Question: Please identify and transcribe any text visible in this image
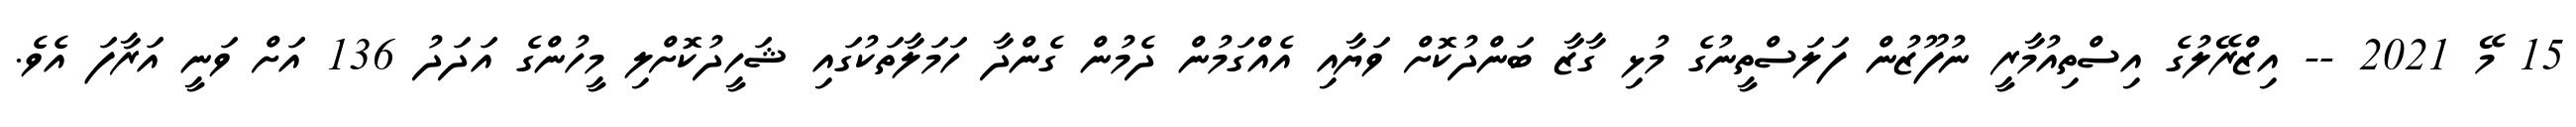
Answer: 15 މޭ 2021 -- އިޒްރޭލުގެ އިސްތިއުމާރީ ނުފޫޒުން ފަލަސްތީނުގެ މުޅި ގާޒާ ބަންދުކޮށް ވަޔާއި އެއްގަމުން ދެމުން ގެންދާ ހަމަލާތަކުގައި ޝަހީދުކޮށްލި މީހުންގެ އަދަދު 136 އަށް ވަނީ އަރާފަ އެވެ.